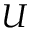
U